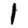
Digit: 1